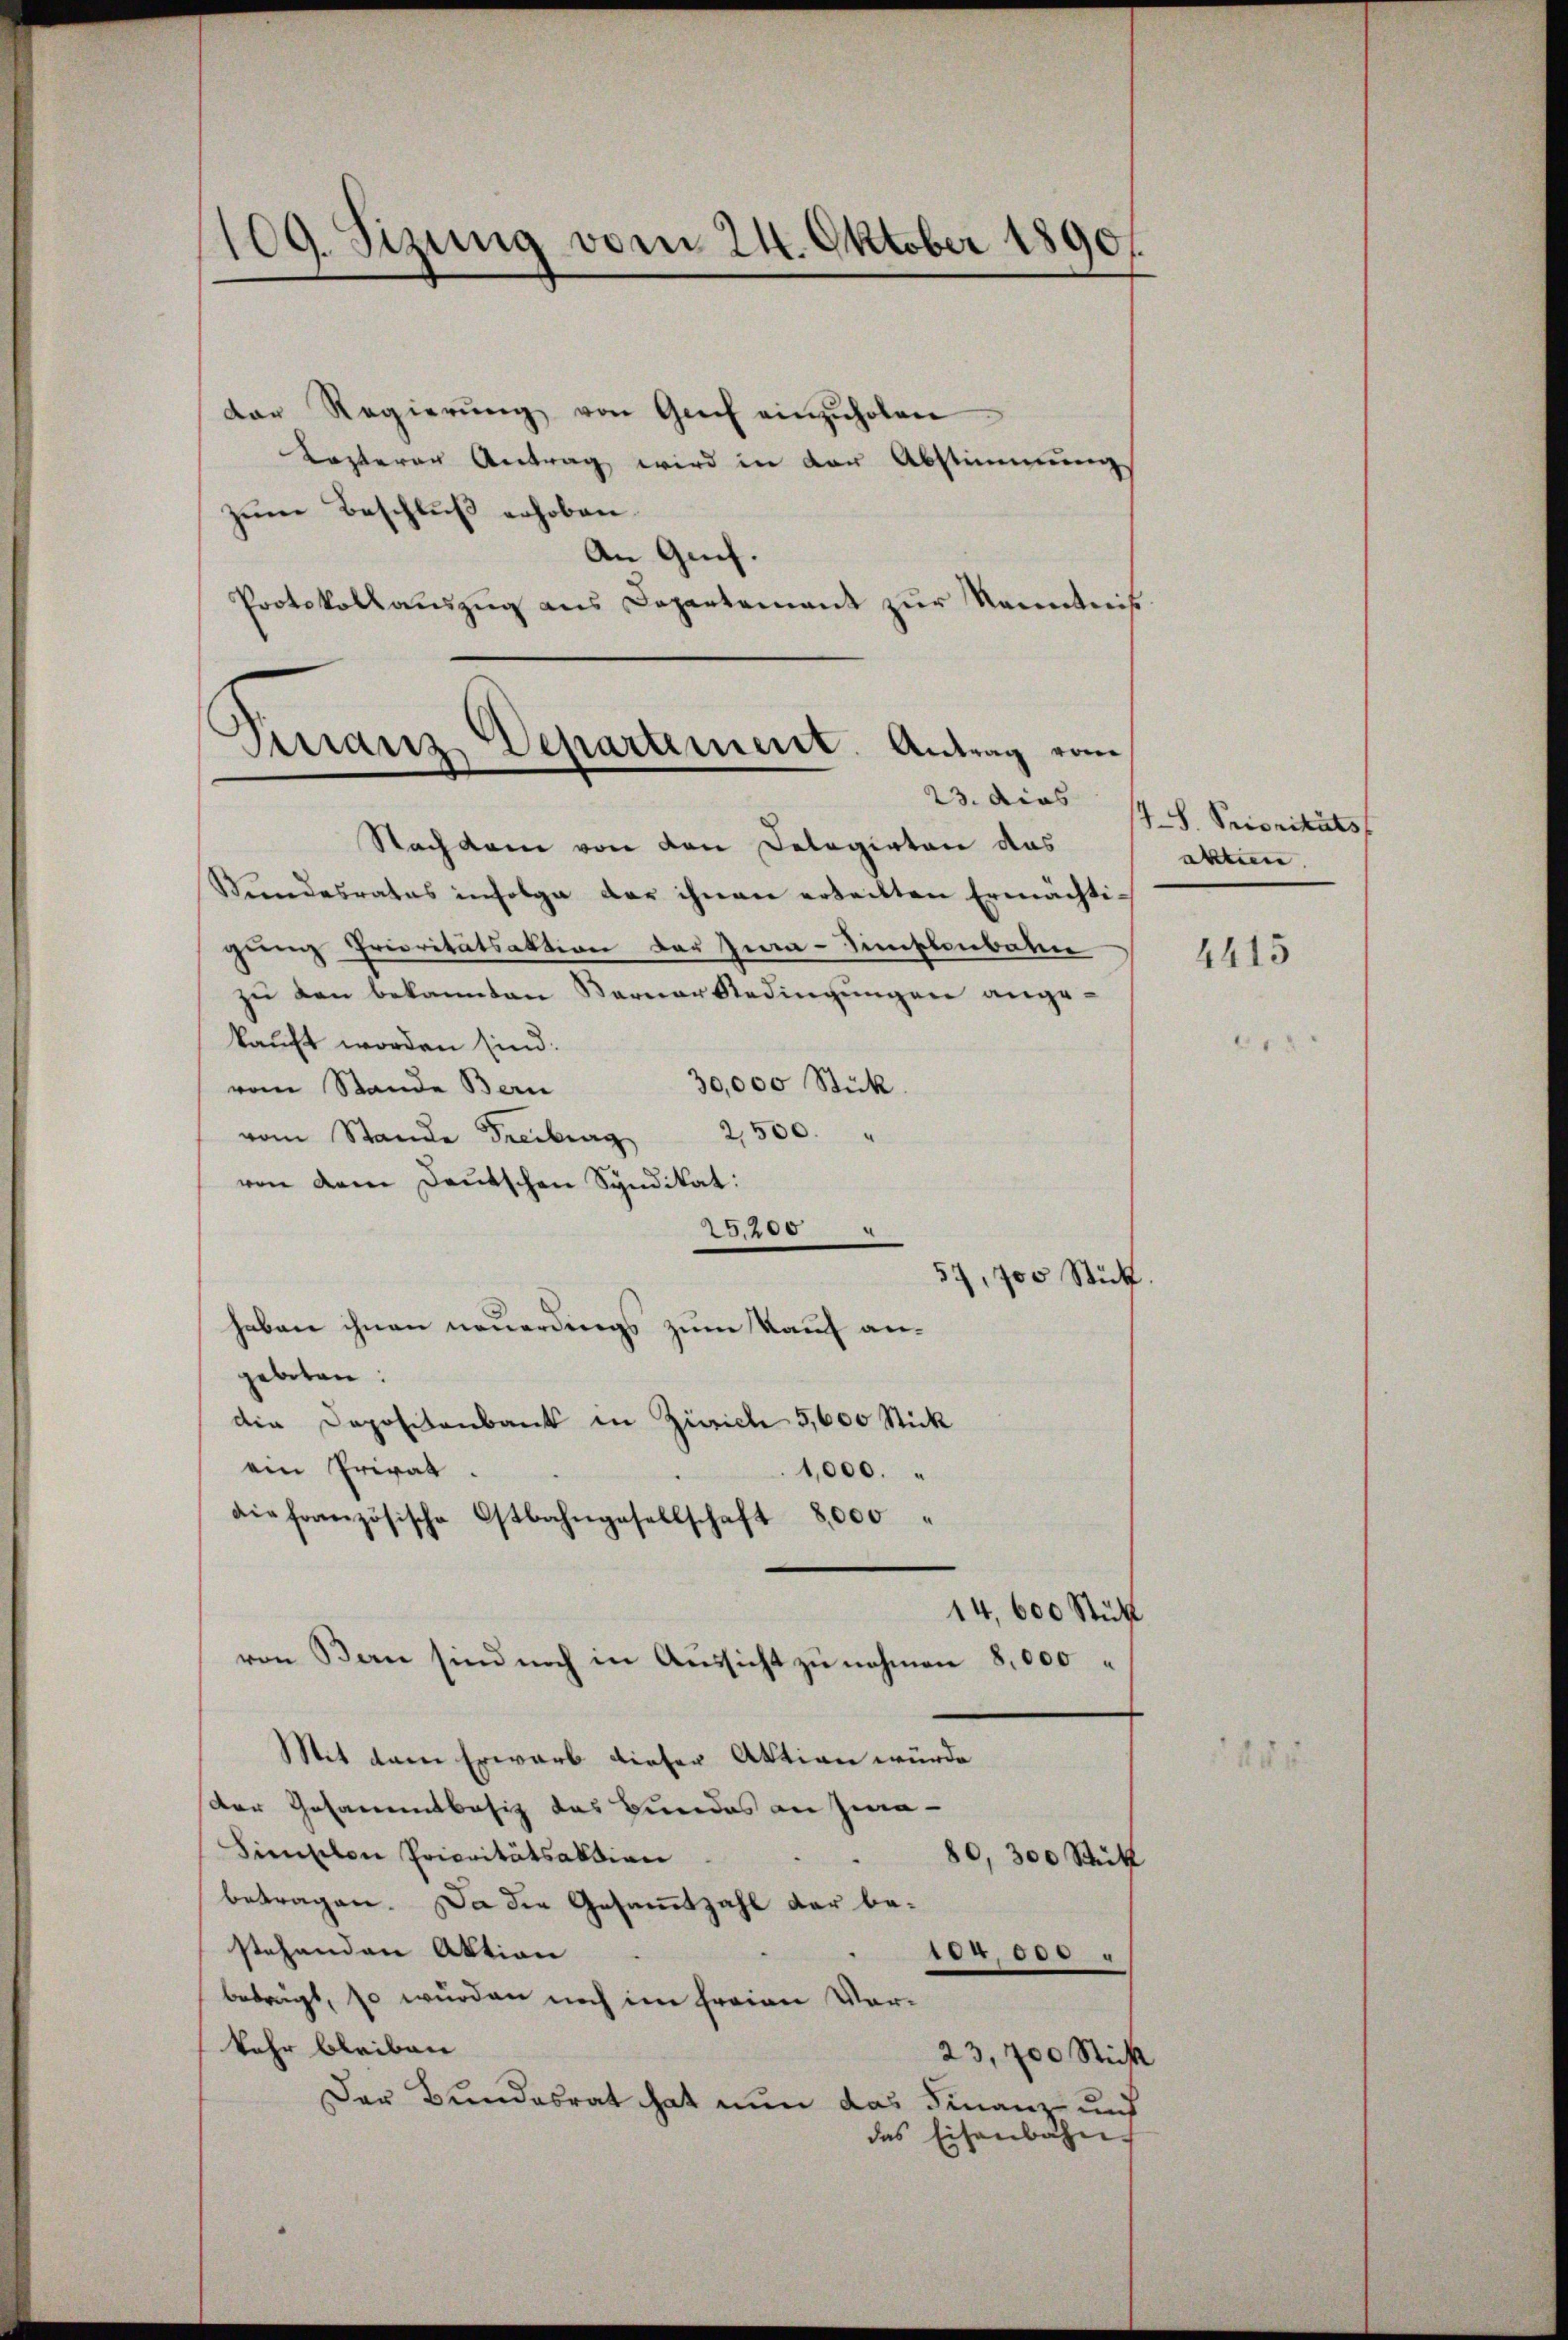
109. Sizung vom 24. Oktober 1890.

der Regierŭng von Grief einzŭholen
Kasterer Antrag wird in der Abstimmung
zum Beschluß erhoben.
An Geif.
Protokollauszug aus Departement zur Kenntniß

Finanz, Departement. Antrag vom
e
23. dies

Nachdem von den Delegirten das
Bundesrates infolge der ihnen erteilten Ermächtigung Prioritätsaktion der Zwa-Simplenbaten
zŭ den bekannten Berner Bedingŭngen angekauft worden sind:
30,000 Stück.
vom Stande Bern
vom Stande Freiburg 2,500.
von dem Deutschen Syndikat:
i
25,200
57, 700 Stück
haben ihnen neuerdings zum Kauf angebeten:
die Depositenbank in Zürich 5,600 Stick
ein Privat
1,000.
die französische Ostbahngesellschaft 8,000 "
14,600 Stühl
von Bern sind noch in Aussicht zu nehmen 8,000
Mit dem Erwarb dieser Aktion würde
der Gesammtbesiz das Bundes an Jea
Simplon Prioritätsaktion
80, 300 Stütz
betragen. Da die Gesammtzahl der bestehenden Aktion
104 000
betragt, so wurden noch im freien Vorkehr bleiben
23,700 Stick
Der Bundesrat hat nun das Finanz- und
das Eisenbahn

.S. Prioritäts
aktien.

4415